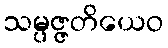
သမ္ပဇ္ဇတိယေဝ